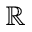
\mathbb { R }